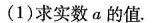
(1)求实数α的值。